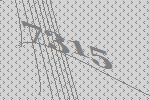
7315